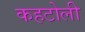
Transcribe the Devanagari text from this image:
कहटोली